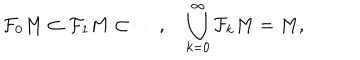
\mathcal { F } _ { 0 } M \subset \mathcal { F } _ { 1 } M \subset \cdots , \quad \bigcup _ { k = 0 } ^ { \infty } \mathcal { F } _ { k } M = M ,